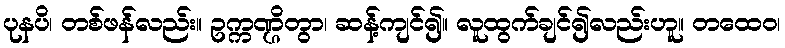
ပုနပိ၊ တစ်ဖန်လည်း။ ဥက္ကဏ္ဌိတွာ၊ ဆန့်ကျင်၍။ လူထွက်ချင်၍လည်းဟူ။ တထေဝ၊